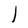
Character: l